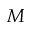
M